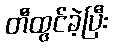
တီထွင်ခဲ့ပြီး